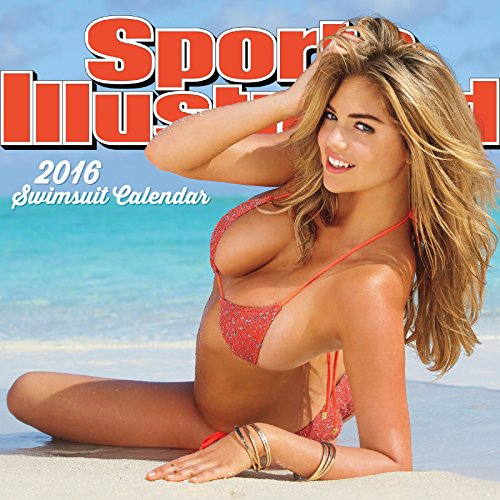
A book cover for Sports Illustrated Swimsuit 2016 Mini Calendar; Trends International; Calendars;